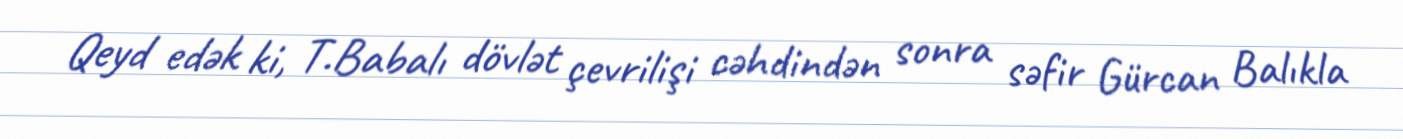
Qeyd edək ki, T.Babalı dövlət çevrilişi cəhdindən sonra səfir Gürcan Balıkla